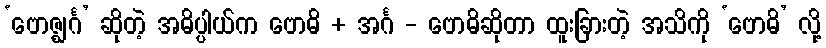
‘ဗောဇ္ဈင်္ဂ’ ဆိုတဲ့ အဓိပ္ပါယ်က ဗောဓိ + အင်္ဂ - ဗောဓိဆိုတာ ထူးခြားတဲ့ အသိကို ‘ဗောဓိ’ လို့